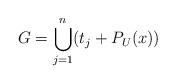
LaTeX: \begin{align*}G = \bigcup_{j=1}^n (t_j + P_U(x))\end{align*}